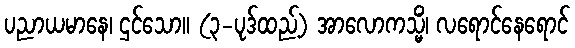
ပညာယမာနေ၊ ဌင်သော။ (၃-ပုဒ်ထည့်) အာလောကသ္မိံ၊ လရောင်နေရောင်